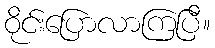
ဝိုင်းပြောလာကြပြီ။